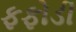
ફફોડી